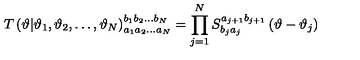
T \left( \vartheta | \vartheta _ { 1 } , \vartheta _ { 2 } , \ldots , \vartheta _ { N } \right) _ { a _ { 1 } a _ { 2 } \ldots a _ { N } } ^ { b _ { 1 } b _ { 2 } \ldots b _ { N } } = \prod _ { j = 1 } ^ { N } S _ { b _ { j } a _ { j } } ^ { a _ { j + 1 } b _ { j + 1 } } \left( \vartheta - \vartheta _ { j } \right)